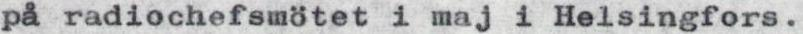
på radiochefsmötet i maj i Helsingfors.